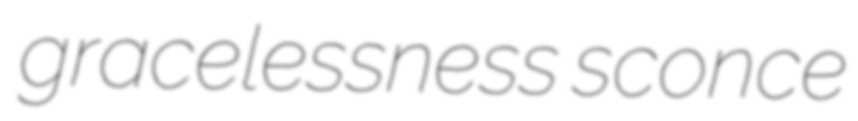
gracelessness sconce